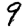
Digit: 9